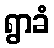
ရွာခံ